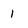
Character: 1